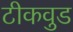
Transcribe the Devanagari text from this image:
टीकवुड